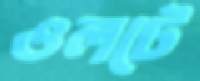
ওলটে